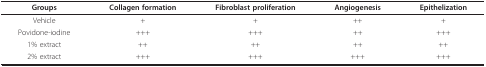
<table><thead><tr><td><b>Groups</b></td><td><b>Collagen formation</b></td><td><b>Fibroblast proliferation</b></td><td><b>Angiogenesis</b></td><td><b>Epithelization</b></td></tr></thead><tbody><tr><td>Vehicle</td><td>+</td><td>+</td><td>++</td><td>+</td></tr><tr><td>Povidone-iodine</td><td>+++</td><td>+++</td><td>++</td><td>+++</td></tr><tr><td>1% extract</td><td>++</td><td>++</td><td>++</td><td>++</td></tr><tr><td>2% extract</td><td>+++</td><td>+++</td><td>+++</td><td>+++</td></tr></tbody></table>